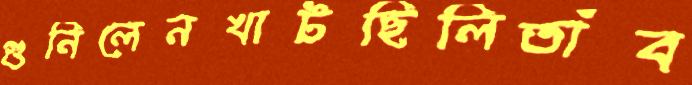
গুনিলেনখাটছিলিতাঁব